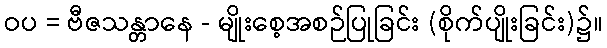
ဝပ = ဗီဇသန္တာနေ - မျိုးစေ့အစဉ်ပြုခြင်း (စိုက်ပျိုးခြင်း)၌။